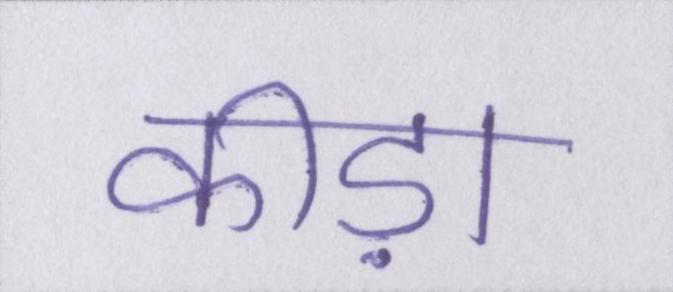
कीड़ा